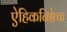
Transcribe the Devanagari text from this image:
ऐहिकनिष्ठेचा